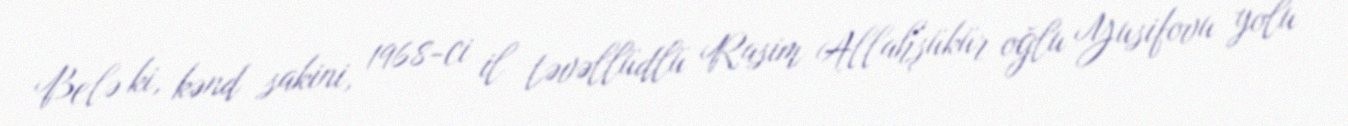
Belə ki, kənd sakini, 1968-ci il təvəllüdlü Rasim Allahşükür oğlu Yusifovu yolu